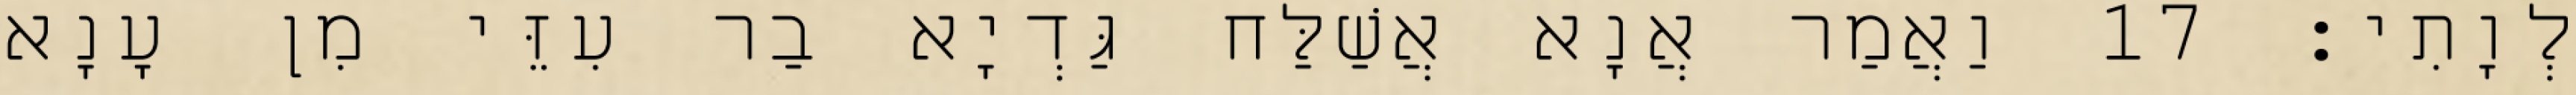
לְוָתִי׃ 17 וַאֲמַר אֲנָא אֲשַׁלַּח גַּדְיָא בַר עִזֵּי מִן עָנָא